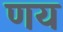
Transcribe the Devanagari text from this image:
णय